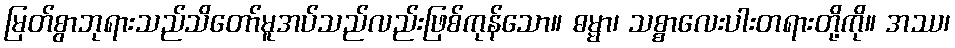
မြတ်စွာဘုရားသည်သိတော်မူအပ်သည်လည်းဖြစ်ကုန်သော။ ဓမ္မာ၊ သစ္စာလေးပါးတရားတို့ကို။ အဿ၊